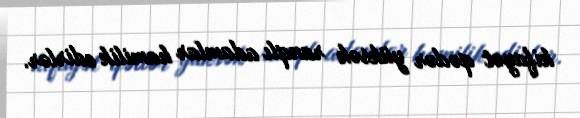
kifayət qədər yüksək ranqlı adamlar hamilik edirlər.